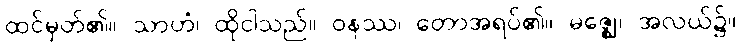
ထင်မှတ်၏။ သာဟံ၊ ထိုငါသည်။ ဝနဿ၊ တောအရပ်၏။ မဇ္ဈေ၊ အလယ်၌။